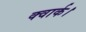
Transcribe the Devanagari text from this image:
क्वार्क।